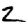
Digit: 2